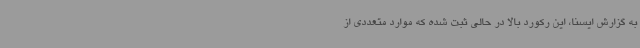
به گزارش ایسنا، این رکورد بالا در حالی ثبت شده که موارد متعددی از